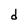
Character: d